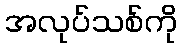
အလုပ်သစ်ကို